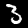
Label: 3